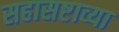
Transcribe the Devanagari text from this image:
सहासष्टाव्या